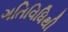
ગતિવિધિથી